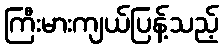
ကြီးမားကျယ်ပြန့်သည့်